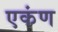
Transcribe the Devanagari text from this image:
एकंण